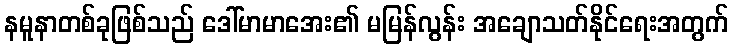
နမူနာတစ်ခုဖြစ်သည် ဒေါ်မာမာအေး၏ မမြန်လွန်း အချောသတ်နိုင်ရေးအတွက်